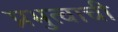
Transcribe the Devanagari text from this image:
प्रभुत्वाची